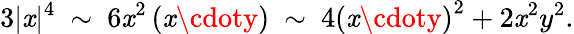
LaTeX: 3|\mathit{x}|^{4}~\sim~6\mathit{x}^{2}\left(\mathit{x}\cdoty\right)~\sim~4\left(\mathit{x}\cdoty\right)^{2}+2\mathit{x}^{2}y^{2}.